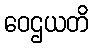
ဝေဌယတိ